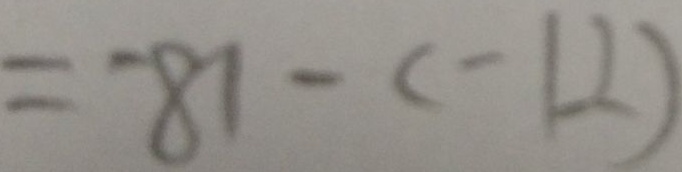
= - 8 1 - ( - 1 2 )